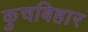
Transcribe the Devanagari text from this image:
कुचबिहार